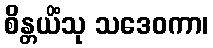
စိန္တယိံသု သဒေဝကာ၊